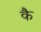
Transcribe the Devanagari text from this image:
कै